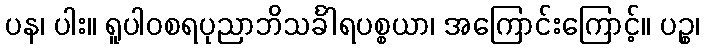
ပန၊ ပါး။ ရူပါဝစရပုညာဘိသင်္ခါရပစ္စယာ၊ အကြောင်းကြောင့်။ ပဉ္စ၊